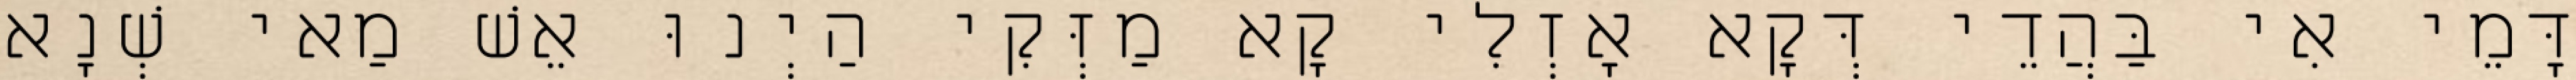
דָּמֵי אִי בַּהֲדֵי דְּקָא אָזְלִי קָא מַזְּקִי הַיְנוּ אֵשׁ מַאי שְׁנָא